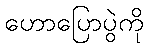
ဟောပြောပွဲကို